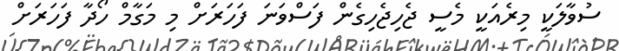
ސުވާލަކީ މިރެއަކީ މެސީ ޖެހިޖެހިގެން ފަސްވަނަ ފަހަރަށް މި މަގާމް ހޯދާ ފަހަރަށް